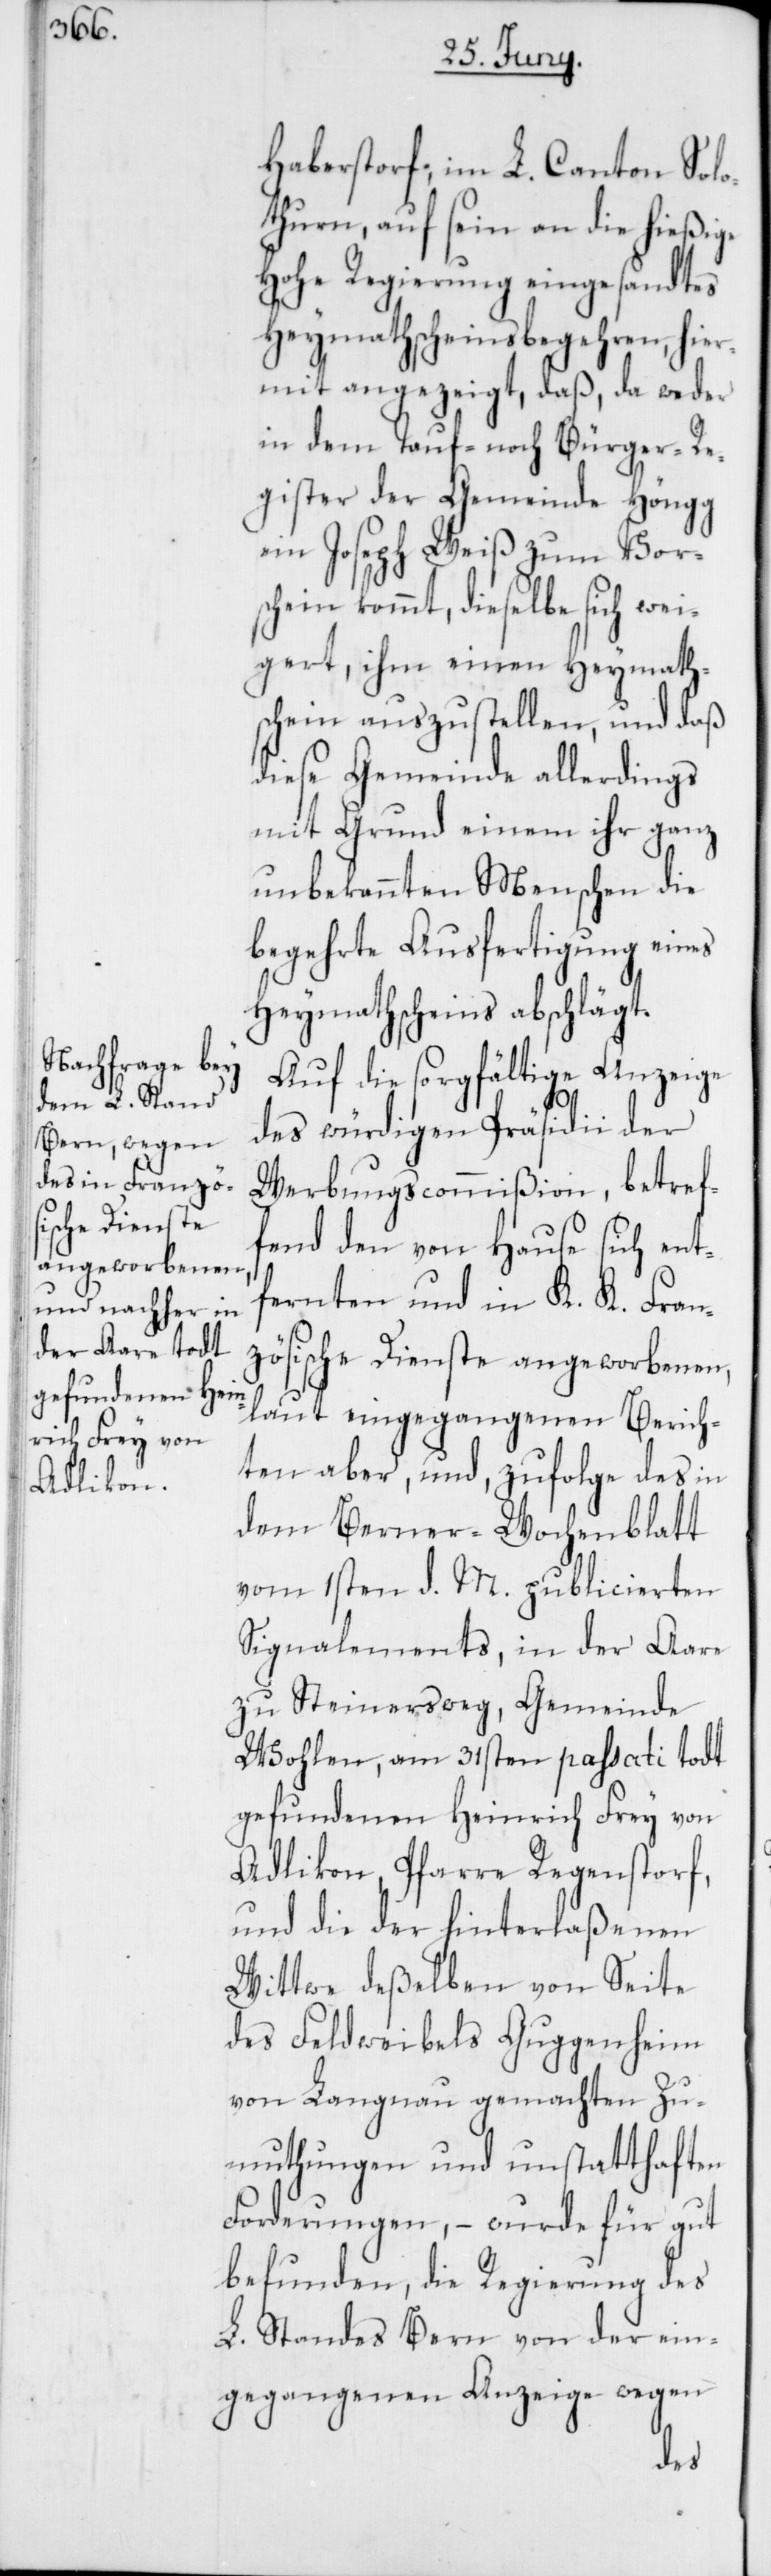
Haberstorf, im L. Canton Solo¬
thurn, auf sein an die hießige
Hohe Regierung eingesandtes
Heymathscheinsbegehren, hier¬
mit angezeigt, daß, da weder
in dem Tauf- noch Bürger-Re¬
gister der Gemeinde Höngg
ein Joseph Weiß zum Vor¬
schein kommt, dieselbe sich wei¬
gert, ihm einen Heymaths¬
chein auszustellen, und daß
diese Gemeinde allerdings
mit Grund einem ihr ganz
unbekannten Menschen die
begehrte Ausfertigung eines
Heymathscheins abschlägt.
Auf die sorgfältige Anzeige
des würdigen Präsidii der
Werbungscommißion, betref¬
fend den von Hause sich ent¬
fernten und in K. K. Fran¬
zösische Dienste angeworbenen,
laut eingegangenen Berich¬
ten aber, und, zufolge des in
dem Berner-Wochenblatt
vom 1sten d. M. publicierten
Signalements, in der Aare
zu Steinersweg, Gemeinde
Wohlen, am 31sten passati todt
gefundenen Heinrich Frey von
Adlikon, Pfarre Regenstorf,
und die der hinterlaßenen
Wittwe deßelben von Seite
des Feldweibels Guggenheim
von Langnau gemachten Zu¬
muthungen und unstatthaften
Forderungen, – wurde für gut
befunden, die Regierung des
L. Standes Bern von der ein¬
gegangenen Anzeige wegen